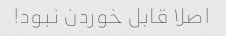
اصلا قابل خوردن نبود!